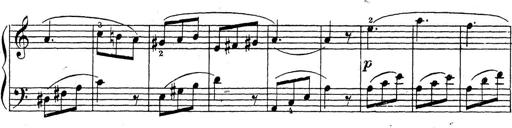
Title: 10 Sonatinas
Composer: Fritz Spindler